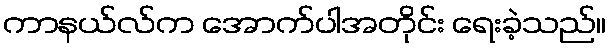
ကာနယ်လ်က အောက်ပါအတိုင်း ရေးခဲ့သည်။